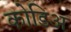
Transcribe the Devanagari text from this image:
कोडिअ